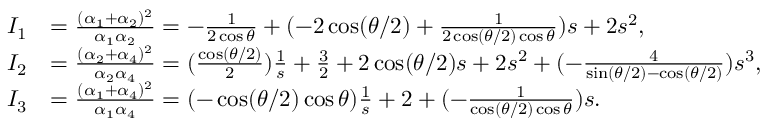
\begin{array} { r l } { I _ { 1 } } & { = \frac { ( \alpha _ { 1 } + \alpha _ { 2 } ) ^ { 2 } } { \alpha _ { 1 } \alpha _ { 2 } } = - \frac { 1 } { 2 \cos \theta } + ( - 2 \cos ( { \theta } / { 2 } ) + \frac { 1 } { 2 \cos ( { \theta } / { 2 } ) \cos \theta } ) s + 2 s ^ { 2 } , } \\ { I _ { 2 } } & { = \frac { ( \alpha _ { 2 } + \alpha _ { 4 } ) ^ { 2 } } { \alpha _ { 2 } \alpha _ { 4 } } = ( \frac { \cos ( { \theta } / { 2 } ) } { 2 } ) \frac { 1 } { s } + \frac { 3 } { 2 } + 2 \cos ( { \theta } / { 2 } ) s + 2 s ^ { 2 } + ( - \frac { 4 } { \sin ( { \theta } / { 2 } ) - \cos ( { \theta } / { 2 } ) } ) s ^ { 3 } , } \\ { I _ { 3 } } & { = \frac { ( \alpha _ { 1 } + \alpha _ { 4 } ) ^ { 2 } } { \alpha _ { 1 } \alpha _ { 4 } } = ( - \cos ( { \theta } / { 2 } ) \cos \theta ) \frac { 1 } { s } + 2 + ( - \frac { 1 } { \cos ( { \theta } / { 2 } ) \cos \theta } ) s . } \end{array}